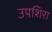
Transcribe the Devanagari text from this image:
उपशिरा